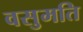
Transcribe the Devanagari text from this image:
वसुमति